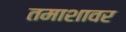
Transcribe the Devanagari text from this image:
तमाशावर